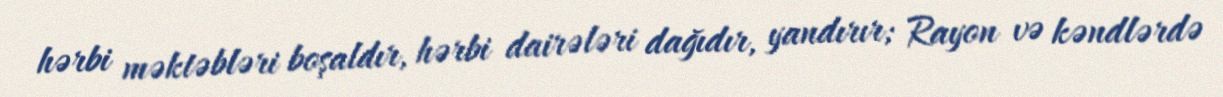
hərbi məktəbləri boşaldır, hərbi dairələri dağıdır, yandırır; Rayon və kəndlərdə